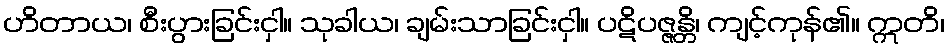
ဟိတာယ၊ စီးပွားခြင်းငှါ။ သုခါယ၊ ချမ်းသာခြင်းငှါ။ ပဋိပဇ္ဇန္တိ၊ ကျင့်ကုန်၏။ ဣတိ၊